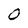
Character: O